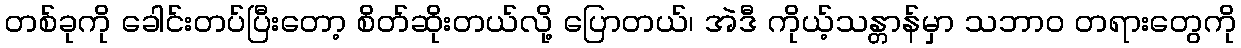
တစ်ခုကို ခေါင်းတပ်ပြီးတော့ စိတ်ဆိုးတယ်လို့ ပြောတယ်၊ အဲဒီ ကိုယ့်သန္တာန်မှာ သဘာဝ တရားတွေကို